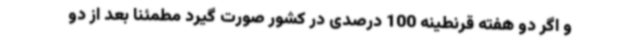
و اگر دو هفته قرنطینه 100 درصدی در کشور صورت گیرد مطمئنا بعد از دو